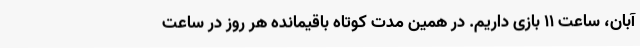
آبان، ساعت 11 بازی داریم. در همین مدت کوتاه باقیمانده هر روز در ساعت